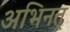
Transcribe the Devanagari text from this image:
अभिनत्